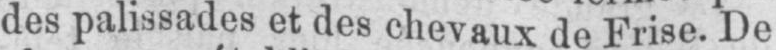
des palissades et des chevaux de Frise. De